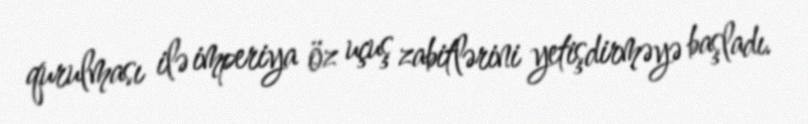
qurulması ilə imperiya öz uçuş zabitlərini yetişdirməyə başladı.